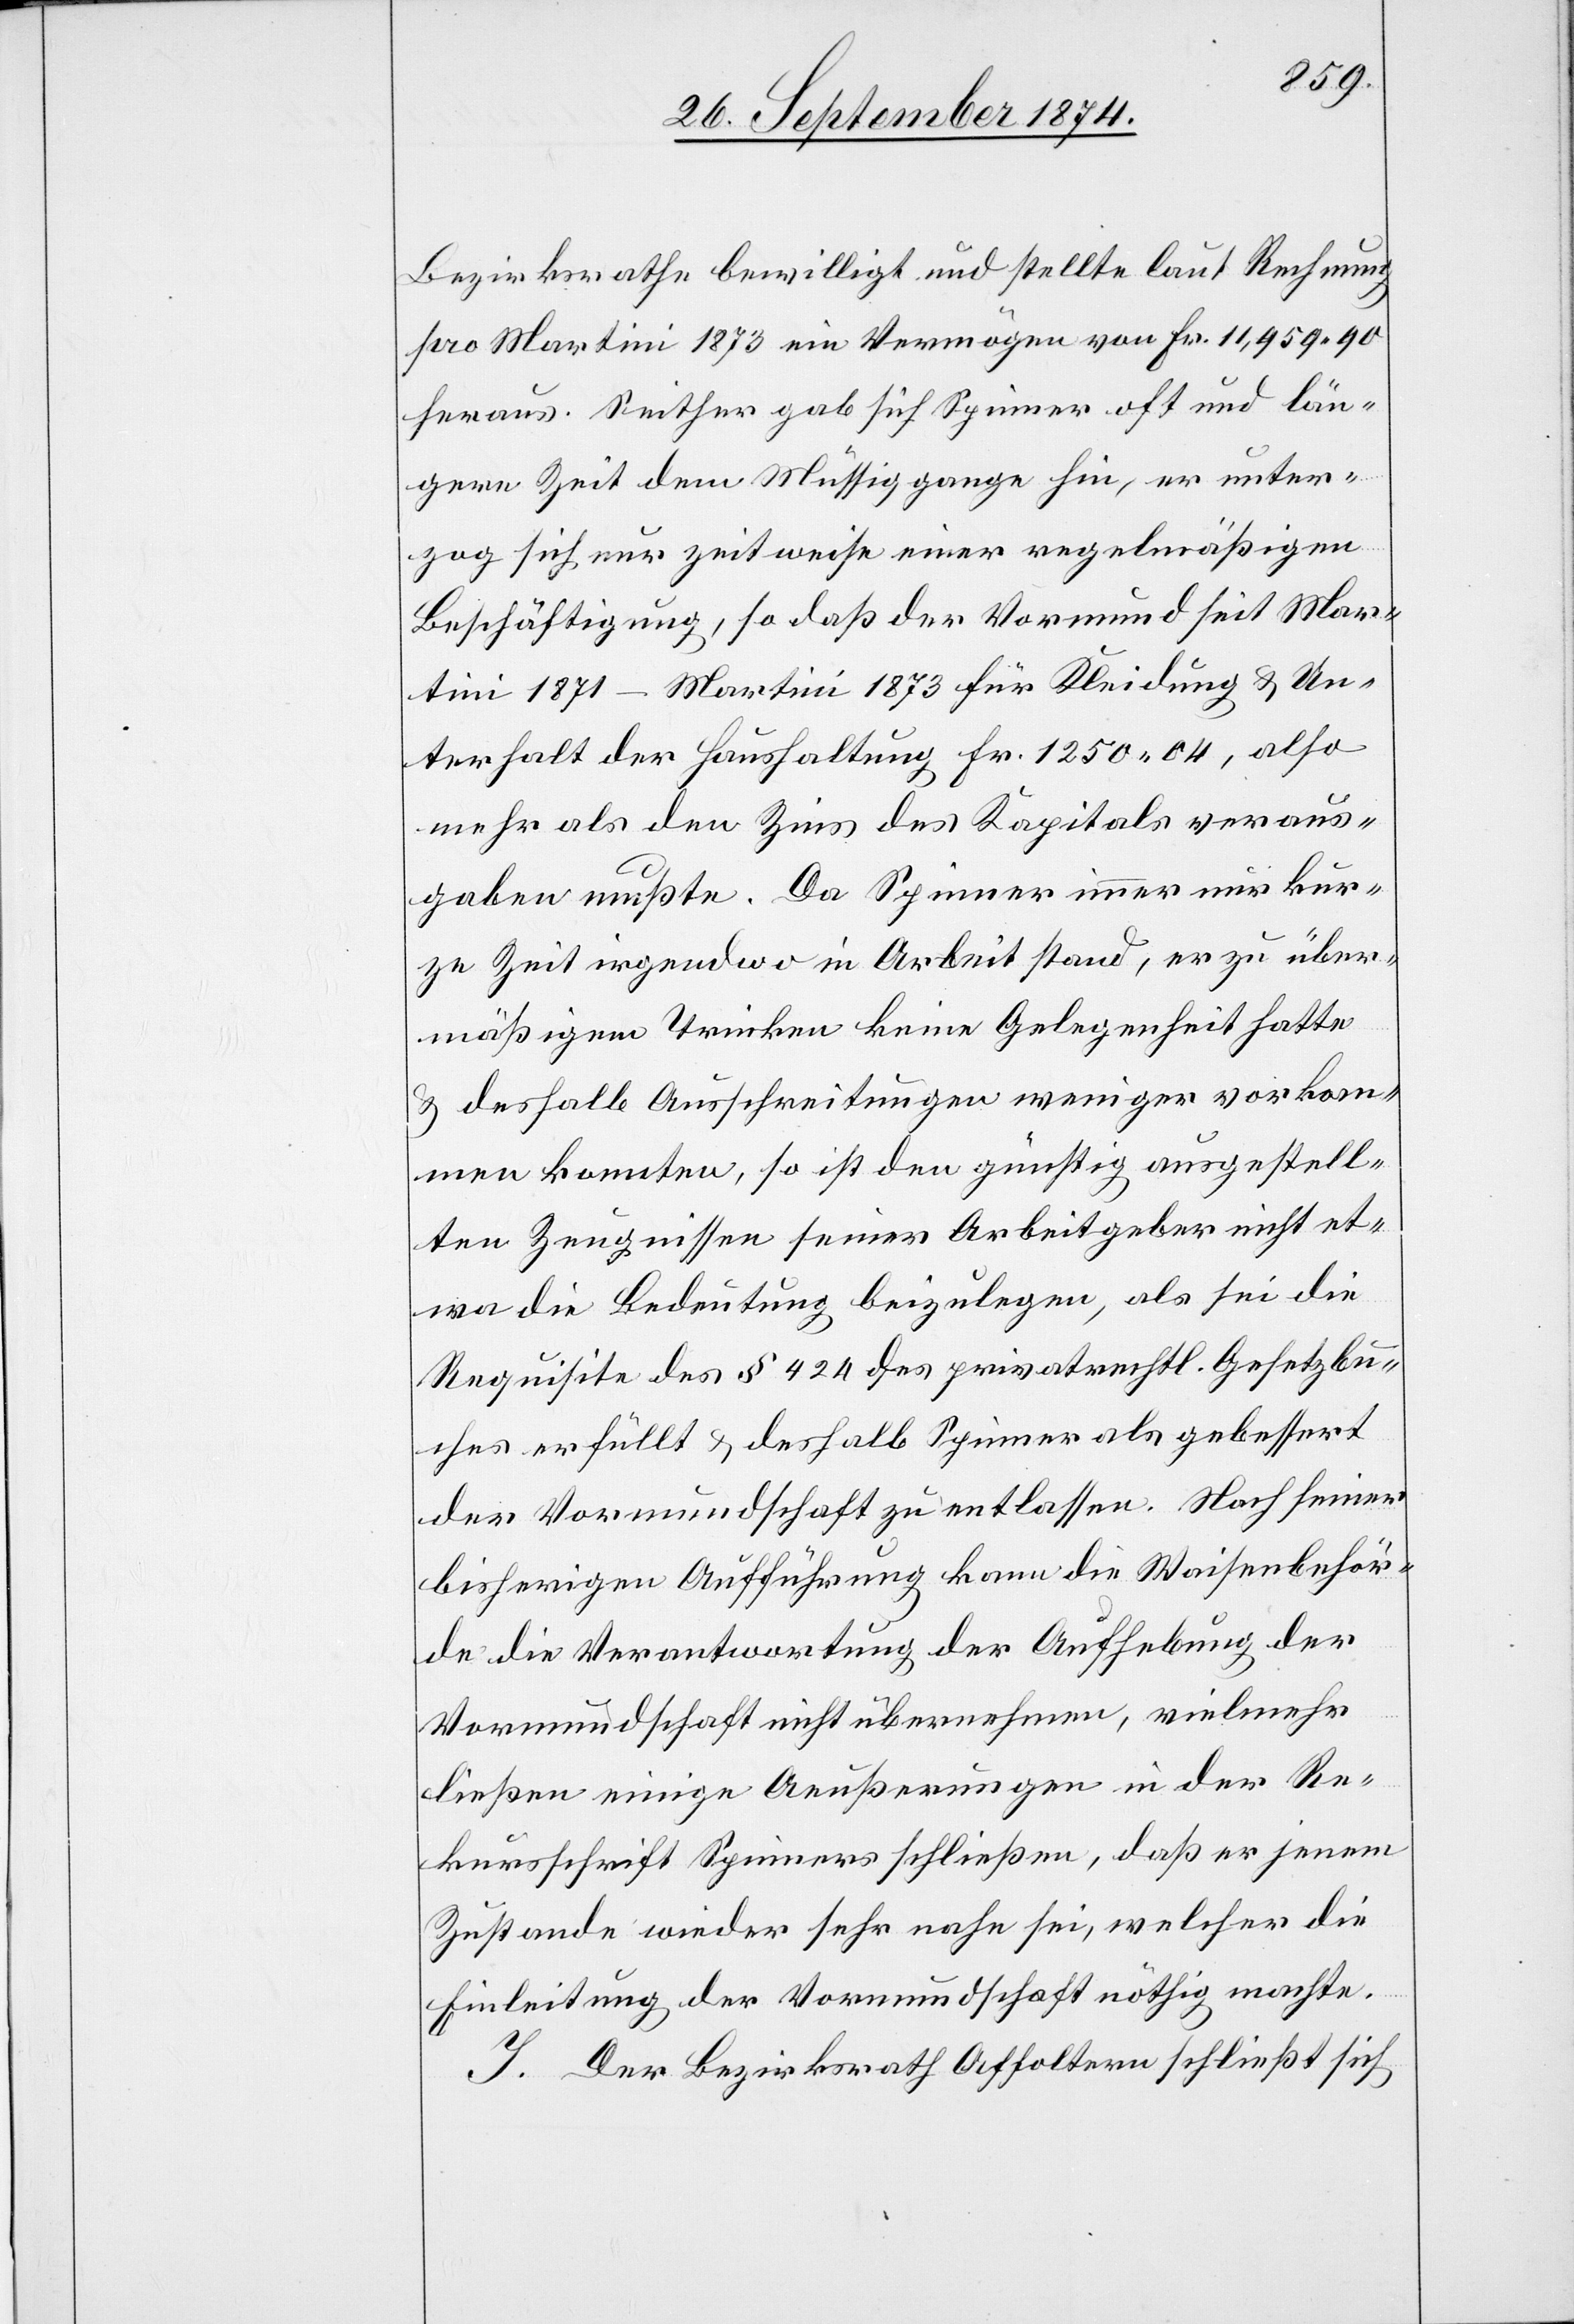
Bezirksrathe bewilligt und stellte laut Rechnung
pro Martini 1873 ein Vermögen von Fr. 11,959.90
heraus. Seither gab sich Spinner oft und län¬
gere Zeit dem Müssiggange hin, er unter¬
zog sich nur zeitweise einer regelmäßigen
Beschäftigung, so daß der Vormund seit Mar¬
tini 1871–Martini 1873 für Kleidung & Un¬
terhalt der Haushaltung Fr. 1250.04, also
mehr als den Zins des Kapitals veraus¬
gaben mußte. Da Spinner immer nur kur¬
ze Zeit irgendwo in Arbeit stand, er zu über¬
mäßigem Trinken keine Gelegenheit hatte
& deshalb Ausschreitungen weniger vorkom¬
men konnten, so ist den günstig ausgestell¬
ten Zeugnissen seiner Arbeitgeber nicht et¬
wa die Bedeutung beizulegen, als sei die
Requisite des § 424 des privatrechtl. Gesetzbu¬
ches erfüllt & deshalb Spinner als gebessert
der Vormundschaft zu entlassen. Nach seiner
bisherigen Aufführung kann die Waisenbehör¬
de die Verantwortung der Aufhebung der
Vormundschaft nicht übernehmen, vielmehr
ließen einige Aeußerungen in der Re¬
kursschrift Spinners schließen, daß er jenem
Zustande wieder sehr nahe sei, welcher die
Einleitung der Vormundschaft nöthig machte.
J. Der Bezirksrath Affoltern schließt sich